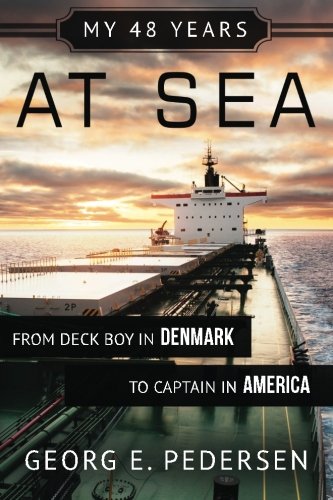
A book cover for My 48 years at Sea: From Deck Boy in Denmark to Captain in America; Georg E. Pedersen; Biographies & Memoirs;